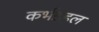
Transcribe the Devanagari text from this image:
कर्भडहल